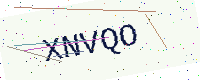
Text: XNVQO